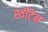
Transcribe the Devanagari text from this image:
स्वीटेन